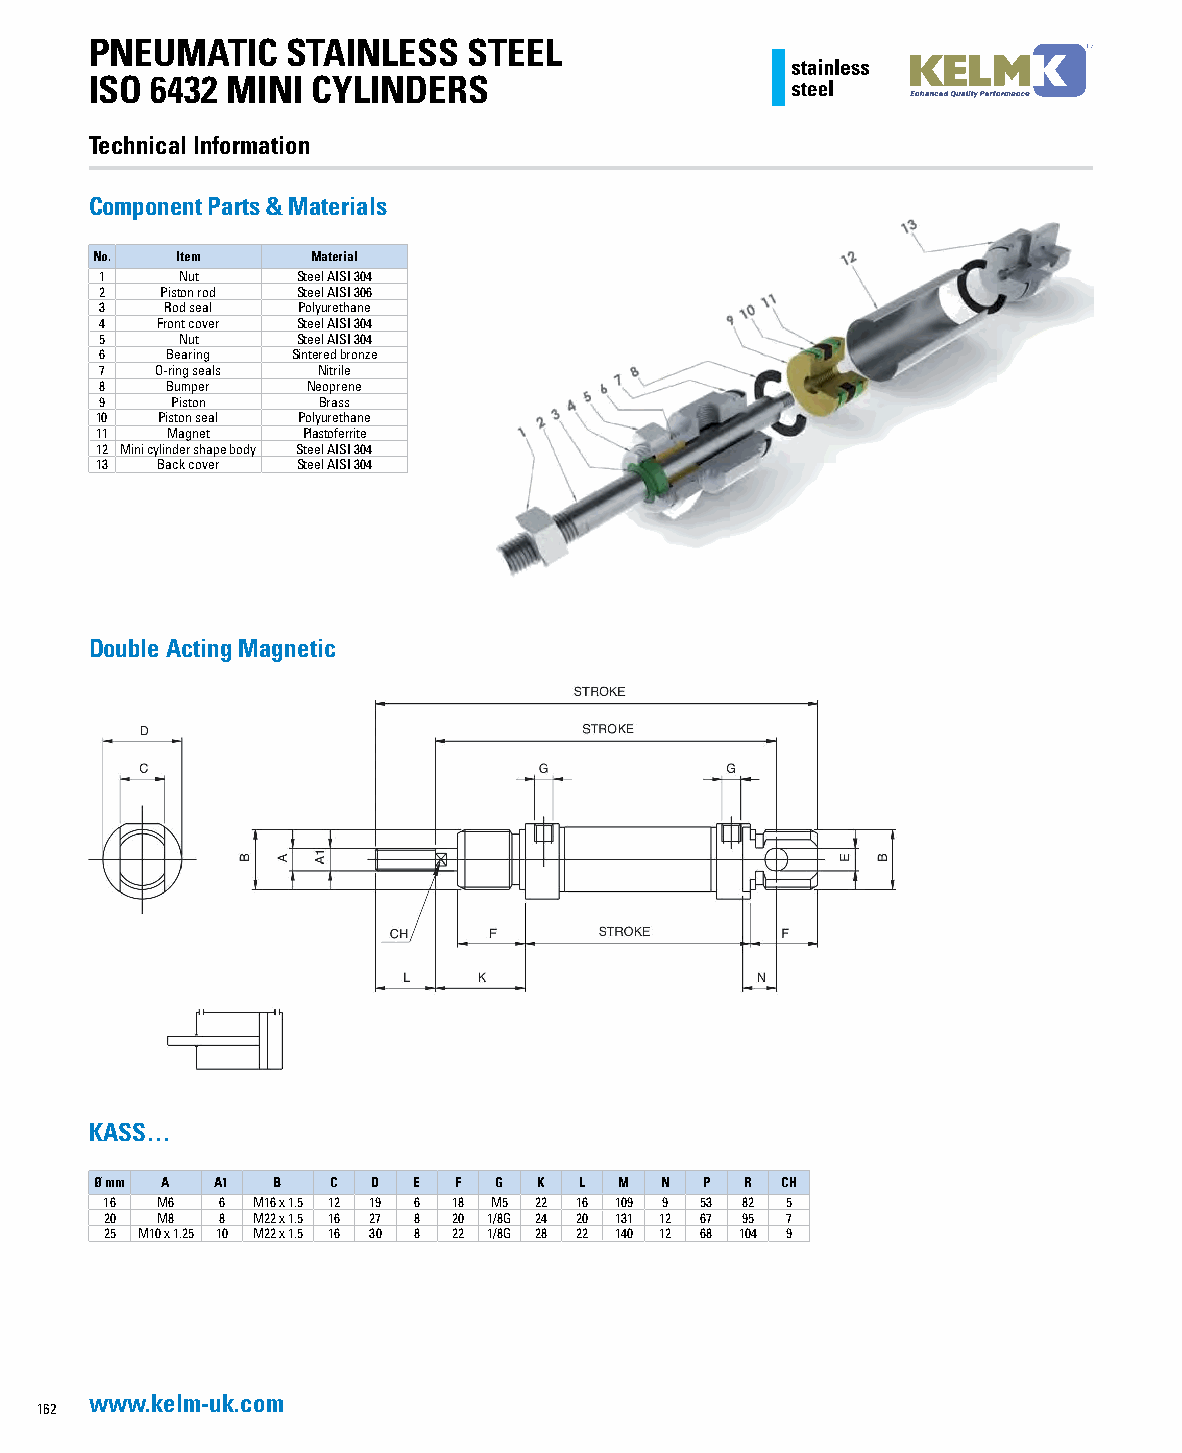
PNEUMATIC    STAINLESS   STEEL
 ISO 6432 MINI  CYLINDERS
 Technical Information
 Component Parts & Materials
 No.   Item     Material
 1    Nut     Steel AISI 304
 2   Piston rod Steel AISI 306
 3   Rod seal Polyurethane
 4  Front cover Steel AISI 304
 5    Nut     Steel AISI 304
 6   Bearing Sintered bronze
 7  O-ring seals Nitrile
 8   Bumper   Neoprene
 9   Piston    Brass
 10   Piston seal Polyurethane
 11   Magnet   Plastoferrite
 12 Mini cylinder shape body Steel AISI 304
 13  Back cover Steel AISI 304
 Double Acting Magnetic
 KASS…
 Ø mm A  A1  B   C  D E  F  G  K L  M  N P  R  CH
 16 M6  6  M16 x 1.5 12 19 6 18 M5 22 16 109 9 53 82 5
 20 M8  8  M22 x 1.5 16 27 8 20 1/8G 24 20 131 12 67 95 7
 25 M10 x 1.25 10 M22 x 1.5 16 30 8 22 1/8G 28 22 140 12 68 104 9
 www.kelm-uk.com
 162